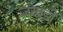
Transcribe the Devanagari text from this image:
जखडी